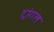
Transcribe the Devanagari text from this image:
ट्रांगल